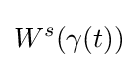
W^{s}(\gamma (t))